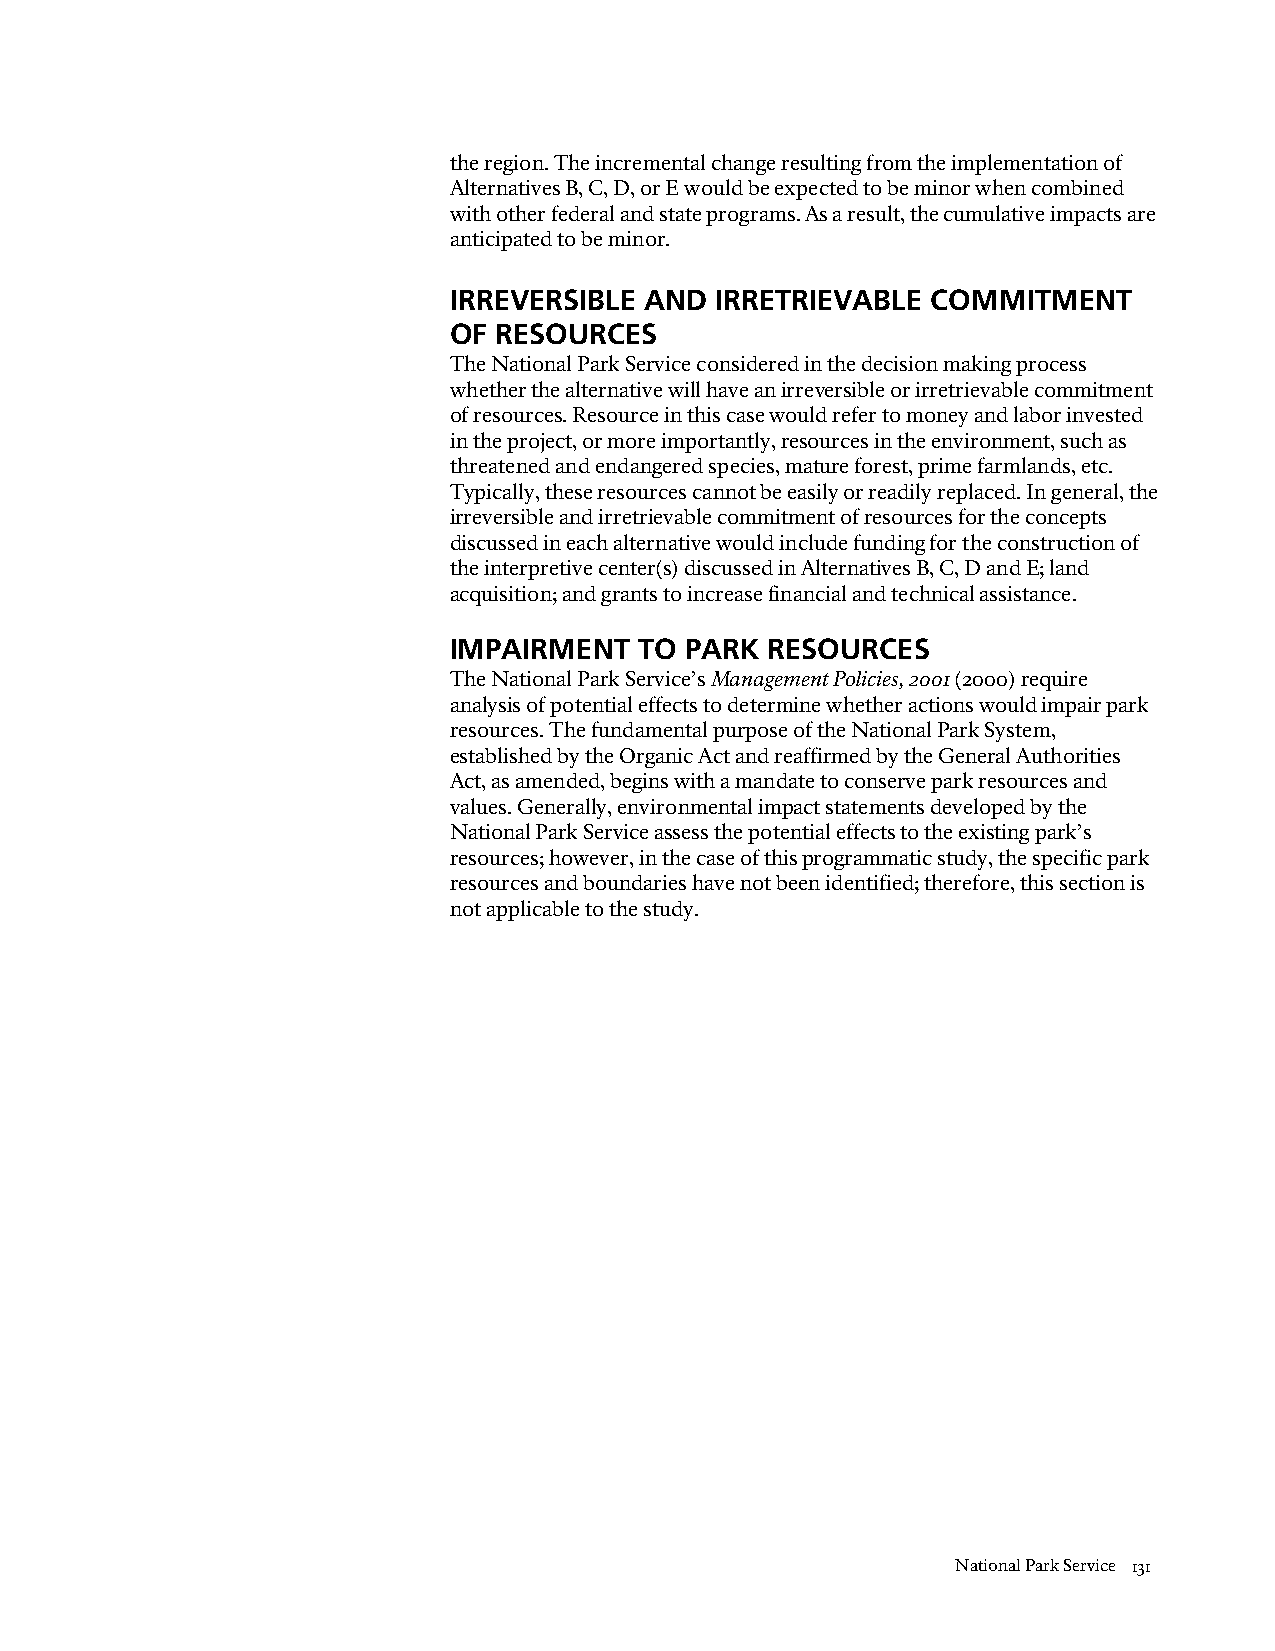
the region. The incremental change resulting from the implementation of
 Alternatives B, C, D, or E would be expected to be minor when combined
 with other federal and state programs. As a result, the cumulative impacts are
 anticipated to be minor.
 IRREVERSIBLE AND IRRETRIEVABLE  COMMITMENT
 OF RESOURCES
 The National Park Service considered in the decision making process
 whether the alternative will have an irreversible or irretrievable commitment
 of resources. Resource in this case would refer to money and labor invested
 in the project, or more importantly, resources in the environment, such as
 threatened and endangered species, mature forest, prime farmlands, etc.
 Typically, these resources cannot be easily or readily replaced. In general, the
 irreversible and irretrievable commitment of resources for the concepts
 discussed in each alternative would include funding for the construction of
 the interpretive center(s) discussed in Alternatives B, C, D and E; land
 acquisition; and grants to increase financial and technical assistance.
 IMPAIRMENT  TO PARK  RESOURCES
 The National Park Service’s Management Policies, 2001 (2000) require
 analysis of potential effects to determine whether actions would impair park
 resources. The fundamental purpose of the National Park System,
 established by the Organic Act and reaffirmed by the General Authorities
 Act, as amended, begins with a mandate to conserve park resources and
 values. Generally, environmental impact statements developed by the
 National Park Service assess the potential effects to the existing park’s
 resources; however, in the case of this programmatic study, the specific park
 resources and boundaries have not been identified; therefore, this section is
 not applicable to the study.
 National Park Service 131